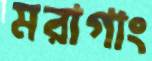
মরাগাং